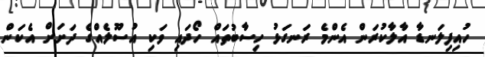
ހުއިފިލަނޑާ އާލާކުރަން އެންމެ ރަނގަޅު ހިސާބުތައް ހޯދައި ވަކި އުސޫލެއްގެ ދަށަށް އެކަން